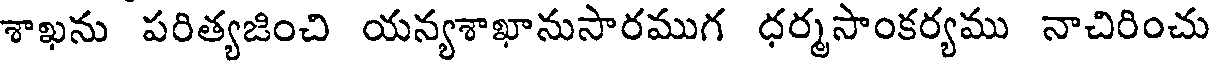
శాఖను పరిత్యజించి యన్యశాఖానుసారముగ ధర్మసాంకర్యము నాచిరించు